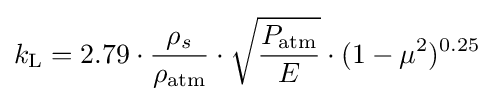
k_{\rm {L}}=2.79\cdot {\frac {\rho _{s}}{\rho _{\rm {atm}}}}\cdot {\sqrt {\frac {P_{\rm {atm}}}{E}}}\cdot (1-\mu ^{2})^{0.25}